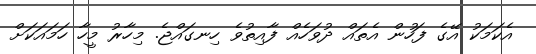
އެކަމަކު އޭގެ ފަހުން އެތައް ދުވަހެއް ފާއިތުވެ ހިނގައްޖެ. މިހާރު މީހާ ހަމައަކަށް